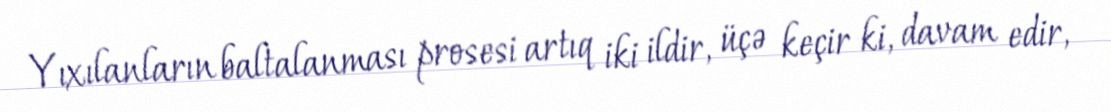
Yıxılanların baltalanması prosesi artıq iki ildir, üçə keçir ki, davam edir,